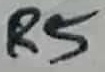
Text: R5